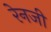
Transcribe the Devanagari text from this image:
रेनजी